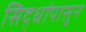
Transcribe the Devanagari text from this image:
सिद्धांपासुन